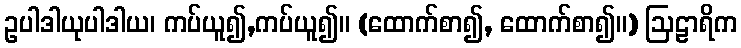
ဥပါဒါယုပါဒါယ၊ ကပ်ယူ၍,ကပ်ယူ၍။ (ထောက်စာ၍, ထောက်စာ၍။) ဩဠာရိက